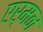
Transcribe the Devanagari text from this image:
एर्मन